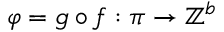
\varphi = g \circ f : \pi \to \mathbb { Z } ^ { b }